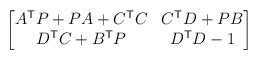
LaTeX: \begin{align*}\begin{bmatrix}A^{\mathsf{T}}P+PA+C^{\mathsf{T}}C&C^{\mathsf{T}}D+PB\\D^{\mathsf{T}}C+B^{\mathsf{T}}P&D^{\mathsf{T}}D-1\end{bmatrix}\end{align*}